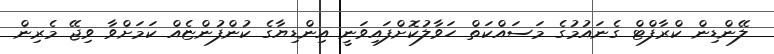
ލޭންޑިން ކްރާފްޓް ގެނައުމުގެ މަސައްކަތް ހަވާލުކޮށްފައިވަނީ އިންޑިޔާގެ ކުންފުންޏެއް ކަމަށްވާ ވިޖޭ މެރިން